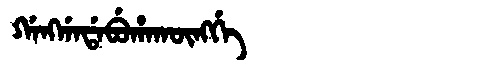
Manchu: ᡤᠠᠩᡤᠠᡩᠠᠪᡠᡥᠠᡴᡡᠩᡤᡝ
Romanization: GANGGADABUHAKŪNGGE